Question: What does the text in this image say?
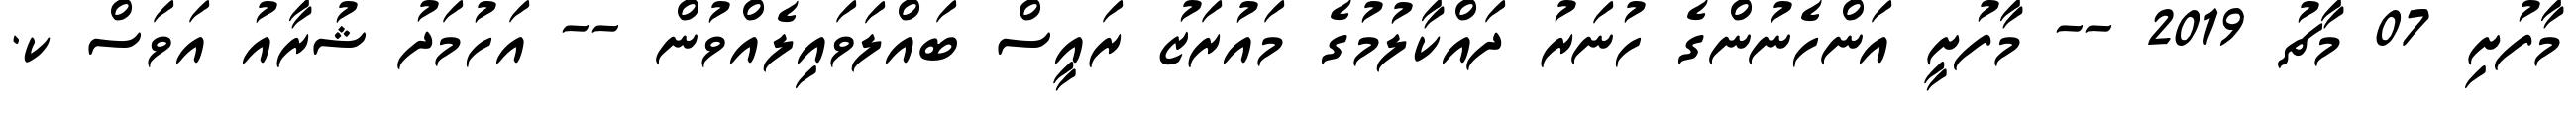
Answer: މާފުށި 07 މާޗު 2019 -- މާފުށީ އަންހެނުންގެ ހުނަރު ދައްކާލުމުގެ މައުރަޒު ރައީސް ބައްލަވައިލެއްވުން -- އަހުމަދު ޝުރާއު އަވަސް ކ.